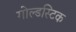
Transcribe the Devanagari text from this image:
गोल्डस्टिक